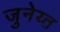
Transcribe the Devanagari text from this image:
जुनेय्त